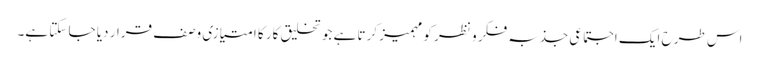
اس طرح ایک اجتماعی جذبہ فکر و نظر کو مہمیز کرتا ہے جو تخلیق کار کا امتیازی وصف قرار دیا جا سکتا ہے۔